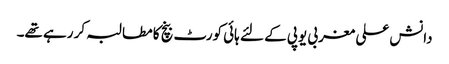
دانش علی مغربی یوپی کے لئے ہائی کورٹ بنچ کا مطالبہ کر رہے تھے۔